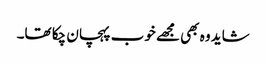
شاید وہ بھی مجھے خوب پہچان چکا تھا۔